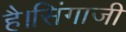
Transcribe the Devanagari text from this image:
है।सिंगाजी